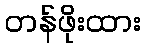
တန်ဖိုးထား